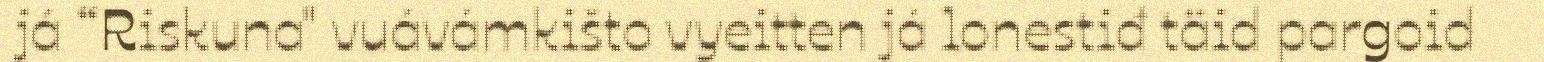
já “Riskuna" vuávámkišto vyeitten já lonestiđ täid pargoid